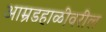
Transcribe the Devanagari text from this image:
आम्रडहाळीवरील